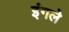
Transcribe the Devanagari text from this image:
इंगले